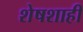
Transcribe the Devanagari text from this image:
शेषशाही